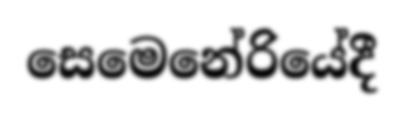
සෙමෙනේරියේදී